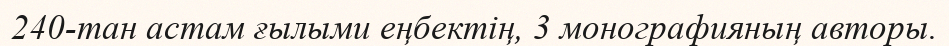
240-тан астам ғылыми еңбектің, 3 монографияның авторы.